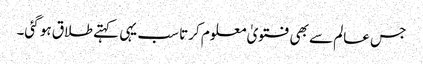
جس عالم سے بھی فتویٰ معلوم کرتا سب یہی کہتے طلاق ہو گئی۔